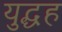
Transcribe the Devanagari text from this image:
युद्धह